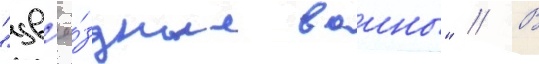
"зв'ё́здные воины" // В